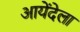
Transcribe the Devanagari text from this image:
आयेंदेला